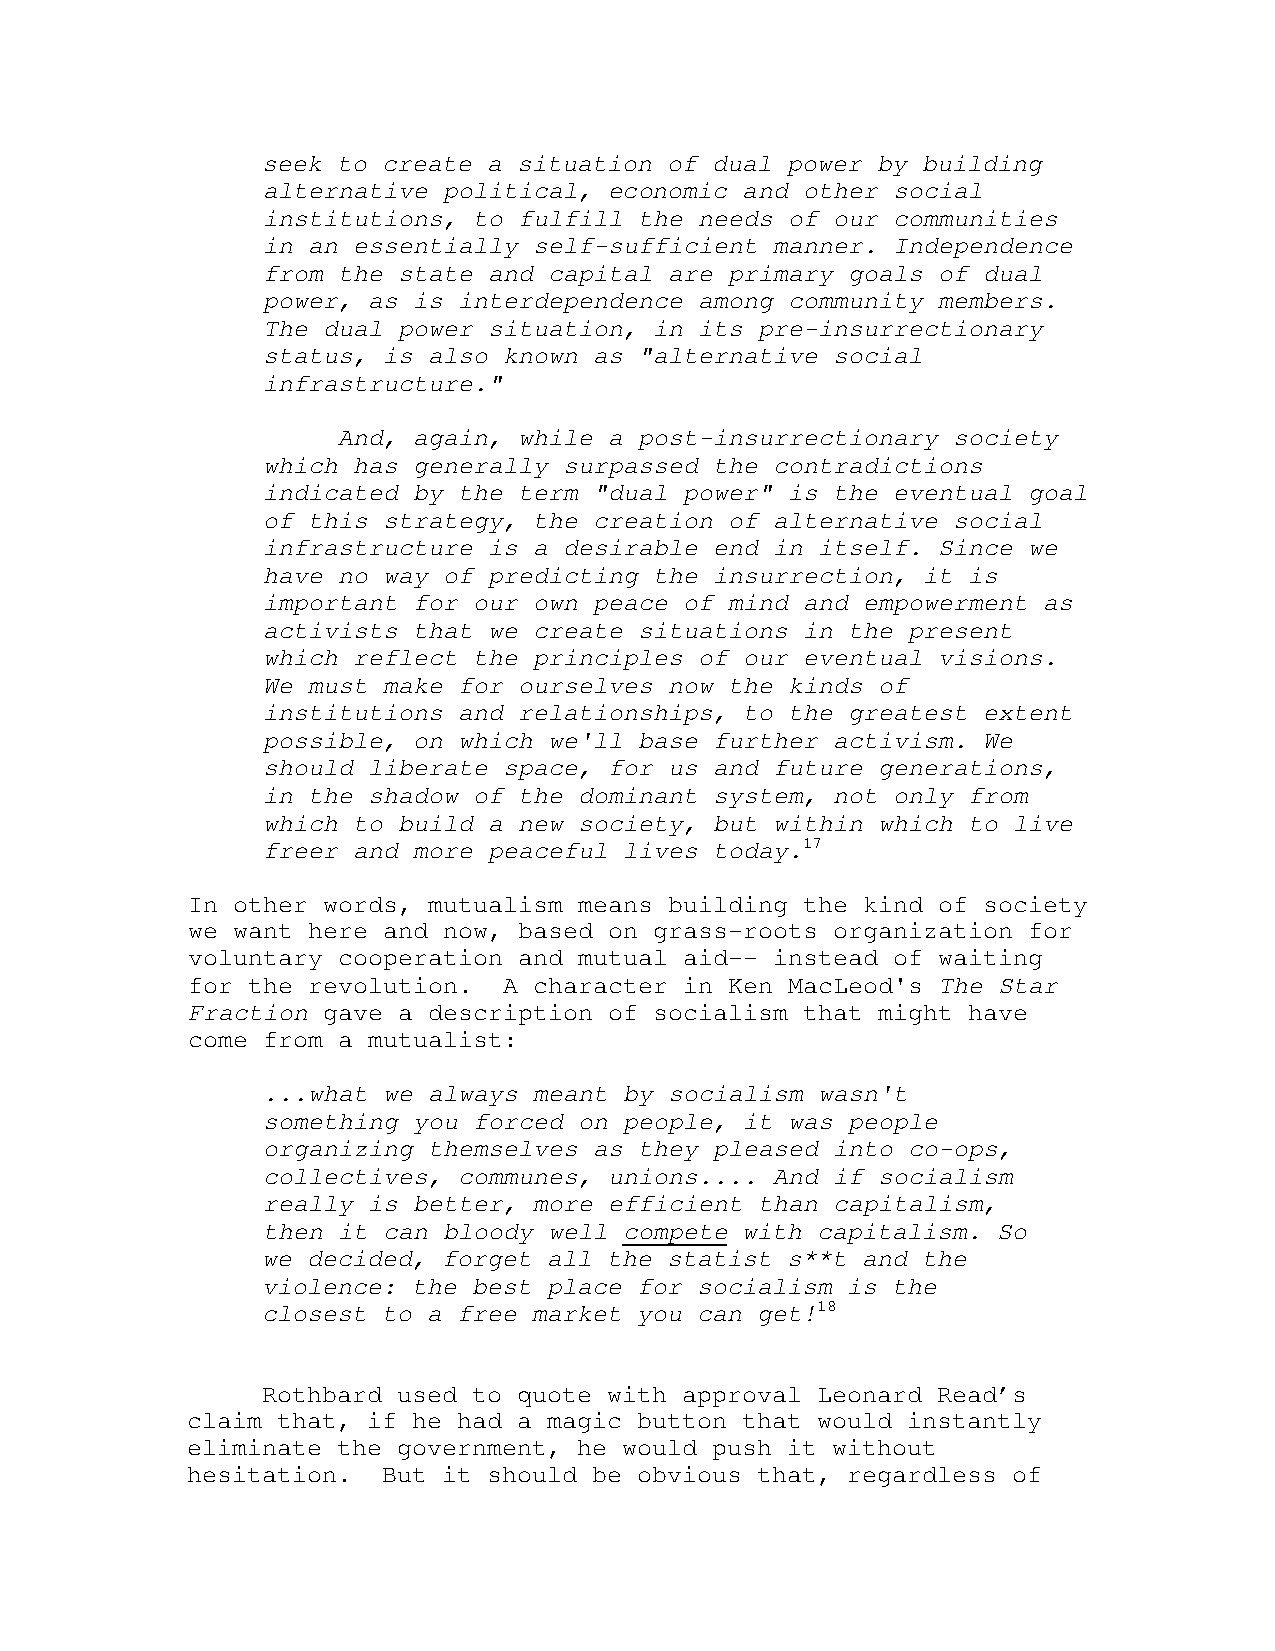
seek to create a situation of dual power by building
 alternative political, economic and other social
 institutions, to fulfill the needs of our communities
 in an essentially self-sufficient manner. Independence
 from the state and capital are primary goals of dual
 power, as is interdependence among community members.
 The dual power situation, in its pre-insurrectionary
 status, is also known as "alternative social
 infrastructure."
 And, again, while a post-insurrectionary society
 which has generally surpassed the contradictions
 indicated by the term "dual power" is the eventual goal
 of this strategy, the creation of alternative social
 infrastructure is a desirable end in itself. Since we
 have no way of predicting the insurrection, it is
 important for our own peace of mind and empowerment as
 activists that we create situations in the present
 which reflect the principles of our eventual visions.
 We must make for ourselves now the kinds of
 institutions and relationships, to the greatest extent
 possible, on which we'll base further activism. We
 should liberate space, for us and future generations,
 in the shadow of the dominant system, not only from
 which to build a new society, but within which to live
 freer and more peaceful lives today.17
 In other words, mutualism means building the kind of society
 we want here and now, based on grass-roots organization for
 voluntary cooperation and mutual aid-- instead of waiting
 for the revolution.  A character in Ken MacLeod's The Star
 Fraction gave a description of socialism that might have
 come from a mutualist:
 ...what we always meant by socialism wasn't
 something you forced on people, it was people
 organizing themselves as they pleased into co-ops,
 collectives, communes, unions.... And if socialism
 really is better, more efficient than capitalism,
 then it can bloody well compete with capitalism. So
 we decided, forget all the statist s**t and the
 violence: the best place for socialism is the
 closest to a free market you can get!18
 Rothbard used to quote with approval Leonard Read’s
 claim that, if he had a magic button that would instantly
 eliminate the government, he would push it without
 hesitation.  But it should be obvious that, regardless of